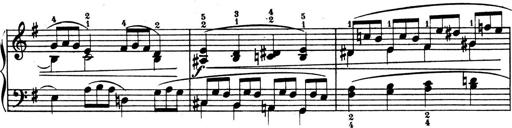
Title: 4 Sonatines
Composer: Max Reger